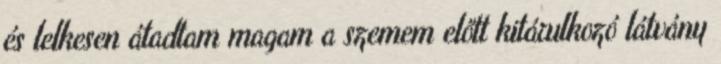
és lelkesen átadtam magam a szemem előtt kitárulkozó látvány